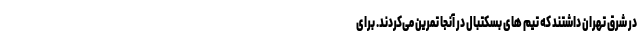
در شرق تهران داشتند که تیم های بسکتبال در آنجا تمرین می‌کردند. برای